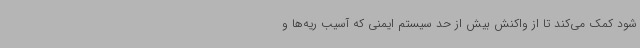
شود کمک می‌کند تا از واکنش بیش از حد سیستم ایمنی که آسیب ریه‌ها و